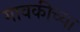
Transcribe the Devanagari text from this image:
गावकीच्या